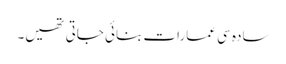
سادہ سی عمارات بنائی جاتی تھیں۔